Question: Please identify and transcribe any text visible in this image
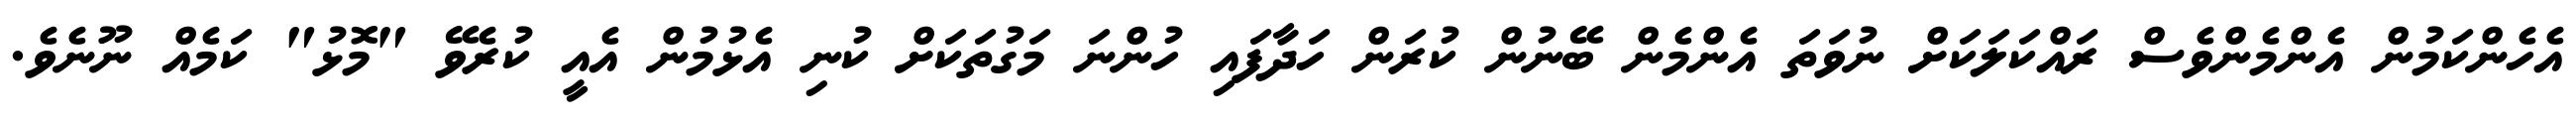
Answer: އެހެންކަމުން އެންމެންވެސް ރައްކަލަކަށް ނުވަތަ އެންމެން ބޭނުން ކުރަން ހަދާފައި ހުންނަ މަގުތަކަށް ކުނި އެޅުމުން އެއީ ކުރެވޭ "މޮޅު" ކަމެއް ނޫނެވެ.